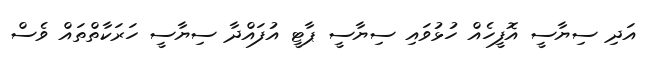
އަދި ސިޔާސީ އޮފީހެއް ހުޅުވައި ސިޔާސީ ޕާޓީ އުފައްދާ ސިޔާސީ ހަރަކާތްތައް ވެސް